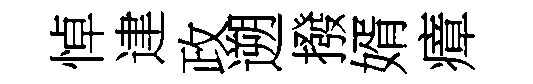
悼䢖政遡撥婿瘴